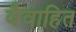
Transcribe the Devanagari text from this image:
वैवाहित